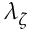
\lambda _ { \zeta }